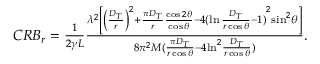
\begin{array} { r l } & { C R { B _ { r } } = \frac { 1 } { { 2 \gamma L } } \frac { { { \lambda ^ { 2 } } \left[ { { { \left( { \frac { { { D _ { T } } } } { r } } \right) } ^ { 2 } } + \frac { { { \pi D _ { T } } } } { r } \frac { { \cos 2 \theta } } { { \cos \theta } } - 4 { { ( { \ln \frac { { { D _ { T } } } } { { r \cos \theta } } - 1 } ) } ^ { 2 } } } { { \sin } ^ { 2 } } \theta \right] } } { { 8 { \pi ^ { 2 } } M ( { \frac { { \pi { D _ { T } } } } { { r \cos \theta } } - 4 { { \ln } ^ { 2 } } \frac { { { D _ { T } } } } { { r \cos \theta } } } ) } } . } \end{array}